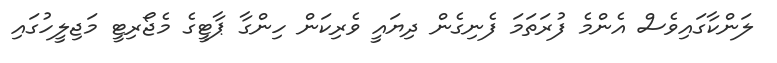
ލަންކާގައިވެސް އެންމެ ފުރަތަމަ ފެނިގެން ދިޔައީ ވެރިކަން ހިންގާ ޕާޓީގެ މެޖޯރިޓީ މަޖިލީހުގައި